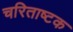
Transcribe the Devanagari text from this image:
चरिताष्टक